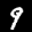
Label: 9